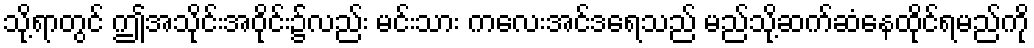
သို့ရာတွင် ဤအသိုင်းအဝိုင်း၌လည်း မင်းသား ကလေးအင်ဒရေသည် မည်သို့ဆက်ဆံနေထိုင်ရမည်ကို